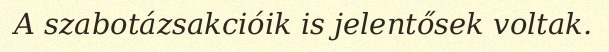
A szabotázsakcióik is jelentősek voltak.